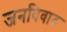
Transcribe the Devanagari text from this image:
जनविवाद